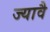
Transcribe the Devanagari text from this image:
ज्यावै